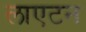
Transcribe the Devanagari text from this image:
लाएटन